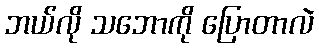
ဘယ်လို သဘောကို ပြောတာလဲ